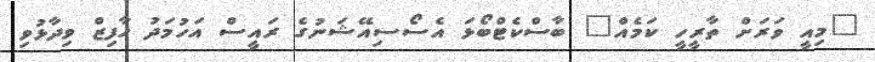
"މިއީ ވަރަށް ތާރީހީ ކަމެއް" ބާސްކެޓްބޯޅަ އެސޯސިއޭޝަނުގެ ރައީސް އަހުމަދު ހާފިޒް ވިދާޅުވި